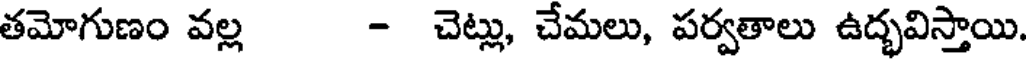
తమోగుణం వల్ల - చెట్లు, చేమలు, పర్వతాలు ఉద్భవిస్తాయి